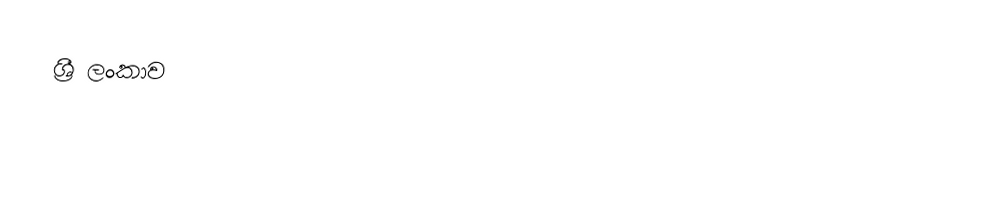
ශ්‍රී   ලංකාව